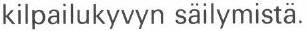
kilpailukyvyn säilymistä.